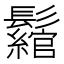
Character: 𩯪